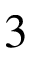
3